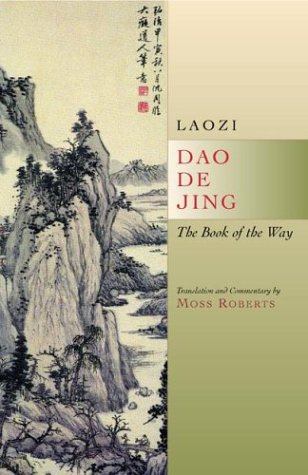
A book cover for Dao De Jing: The Book of the Way; Laozi; Religion & Spirituality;